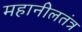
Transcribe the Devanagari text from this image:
महानीलतंत्र